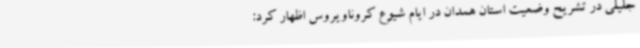
جلیلی در تشریح وضعیت استان همدان در ایام شیوع کروناویروس اظهار کرد: